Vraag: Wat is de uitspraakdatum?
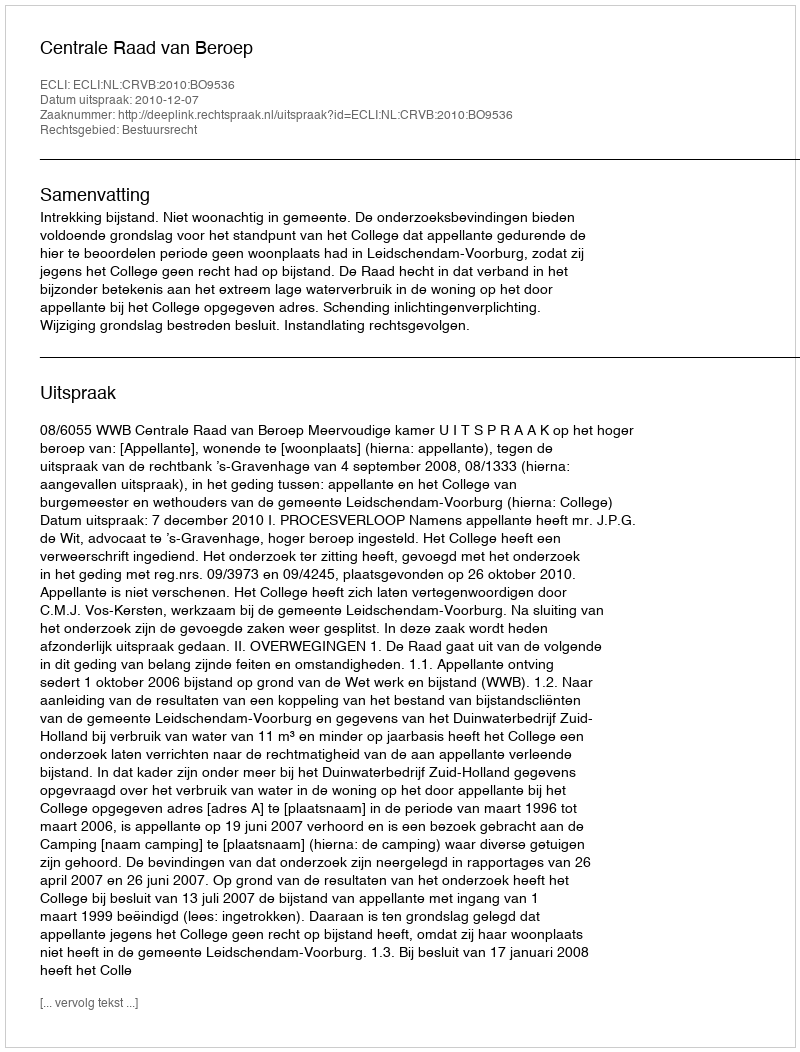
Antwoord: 2010-12-07